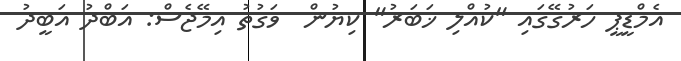
އެމްޑީޕީ ހަރުގޭގައި "ކުއްލި ޚަބަރު" ކިޔުން  ވަގުތު އިމޭޖެސް: އަބްދު އަބީދު